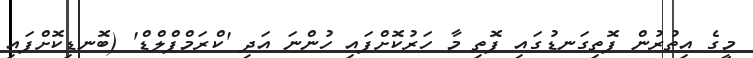
މީގެ އިތުރުން ފޮތިގަނޑުގައި ފޮތި މާ ހަރުކޮށްފައި ހުންނަ އަދި 'ކްރަމްޕްލްޑް' (ބޮނޑިކޮށްފައި